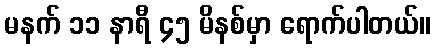
မနက် ၁၁ နာရီ ၄၅ မိနစ်မှာ ရောက်ပါတယ်။